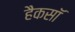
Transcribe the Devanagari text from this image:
हैकसॉ